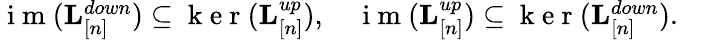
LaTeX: \begin{array}{r}{\mathrm{~i~m~}({\mathbf L}_{[n]}^{down})\subseteq\mathrm{~k~e~r~}({\mathbf L}_{[n]}^{up}),\quad\mathrm{~i~m~}({\mathbf L}_{[n]}^{up})\subseteq\mathrm{~k~e~r~}({\mathbf L}_{[n]}^{down}).\quad}\end{array}